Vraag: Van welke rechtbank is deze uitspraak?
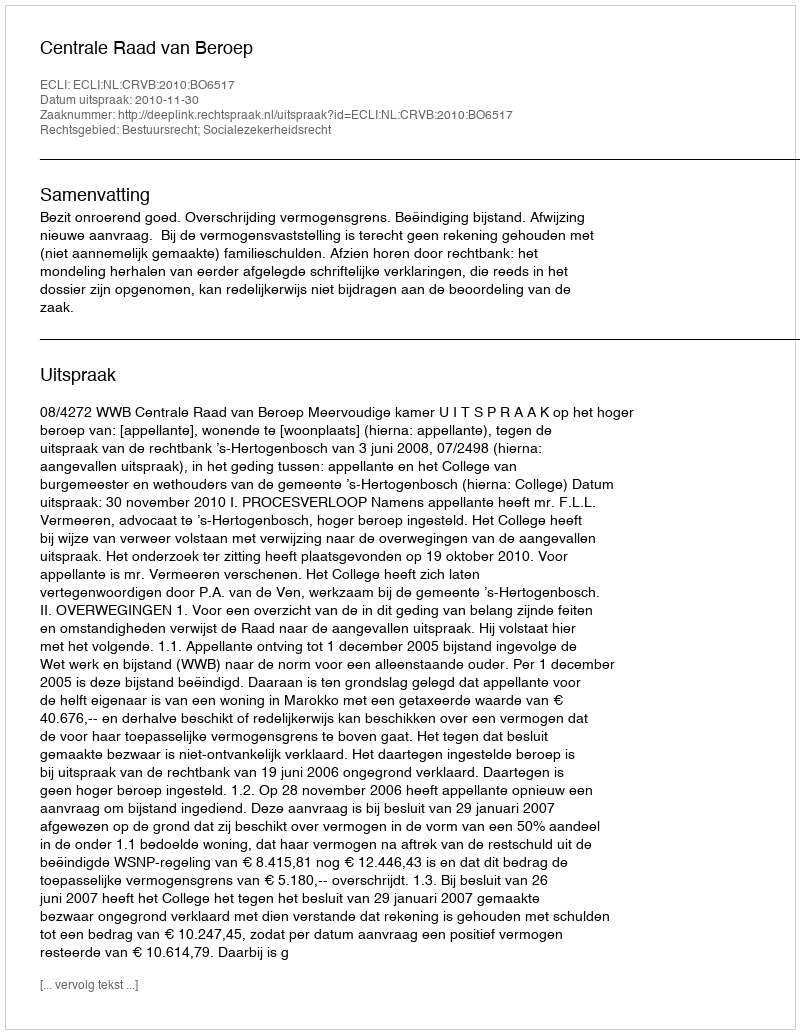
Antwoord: Centrale Raad van Beroep